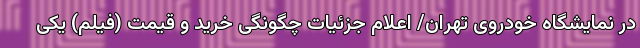
در نمایشگاه خودروی تهران/ اعلام جزئیات چگونگی خرید و قیمت (فیلم) یکی